King Institute of Preventive Medicine Micro-Biological Section reports 1912-19
Year: 1912
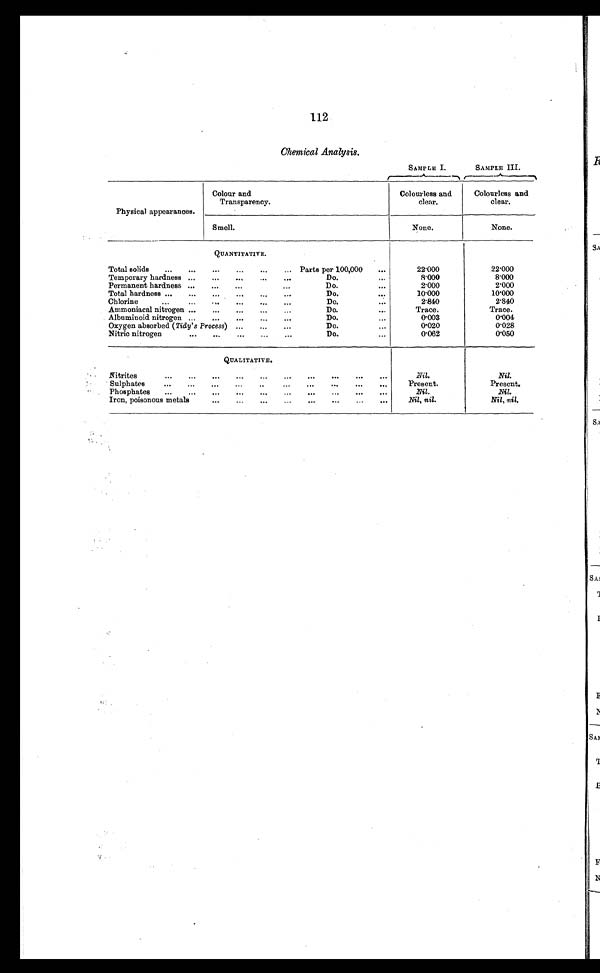
112
Chemical Analysis.
SAMPLE I.
SAMPLE III.
Physical appearances.
Colour and
Transparency.
Colourless and
clear.
Colourless and
clear.
Smell.
None.
None.
QUANTITATIVE.
Total solids
Parts per 100,000
22.000
22.000
Temporary hardness
Do.
8.000
8.000
Permanent hardness
Do.
2.000
2.000
Total hardness
Do.
10.000
10.000
Chlorine
Do.
2.840
2.840
Ammoniacal nitrogen
Do.
Trace.
Trace.
Albuminoid nitrogen
Do.
0.003
0.004
Oxygen absorbed (Tidy's Process)
Do.
0.020
0.028
Nitric nitrogen
Do.
0.062
0.050
QUALITATIVE.
Nitrites
N i l .
Nil.
Sulphates
Present.
Present.
Phosphates
Nil.
Nil.
Iron, poisonous metals
Nil, nil.
Nil, nil.